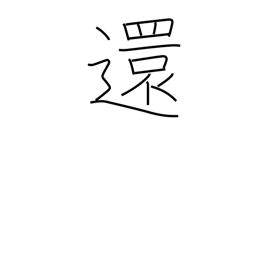
Meaning: send back